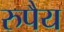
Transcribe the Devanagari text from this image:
रुपैय